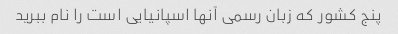
پنج کشور که زبان رسمی آنها اسپانیایی است را نام ببرید